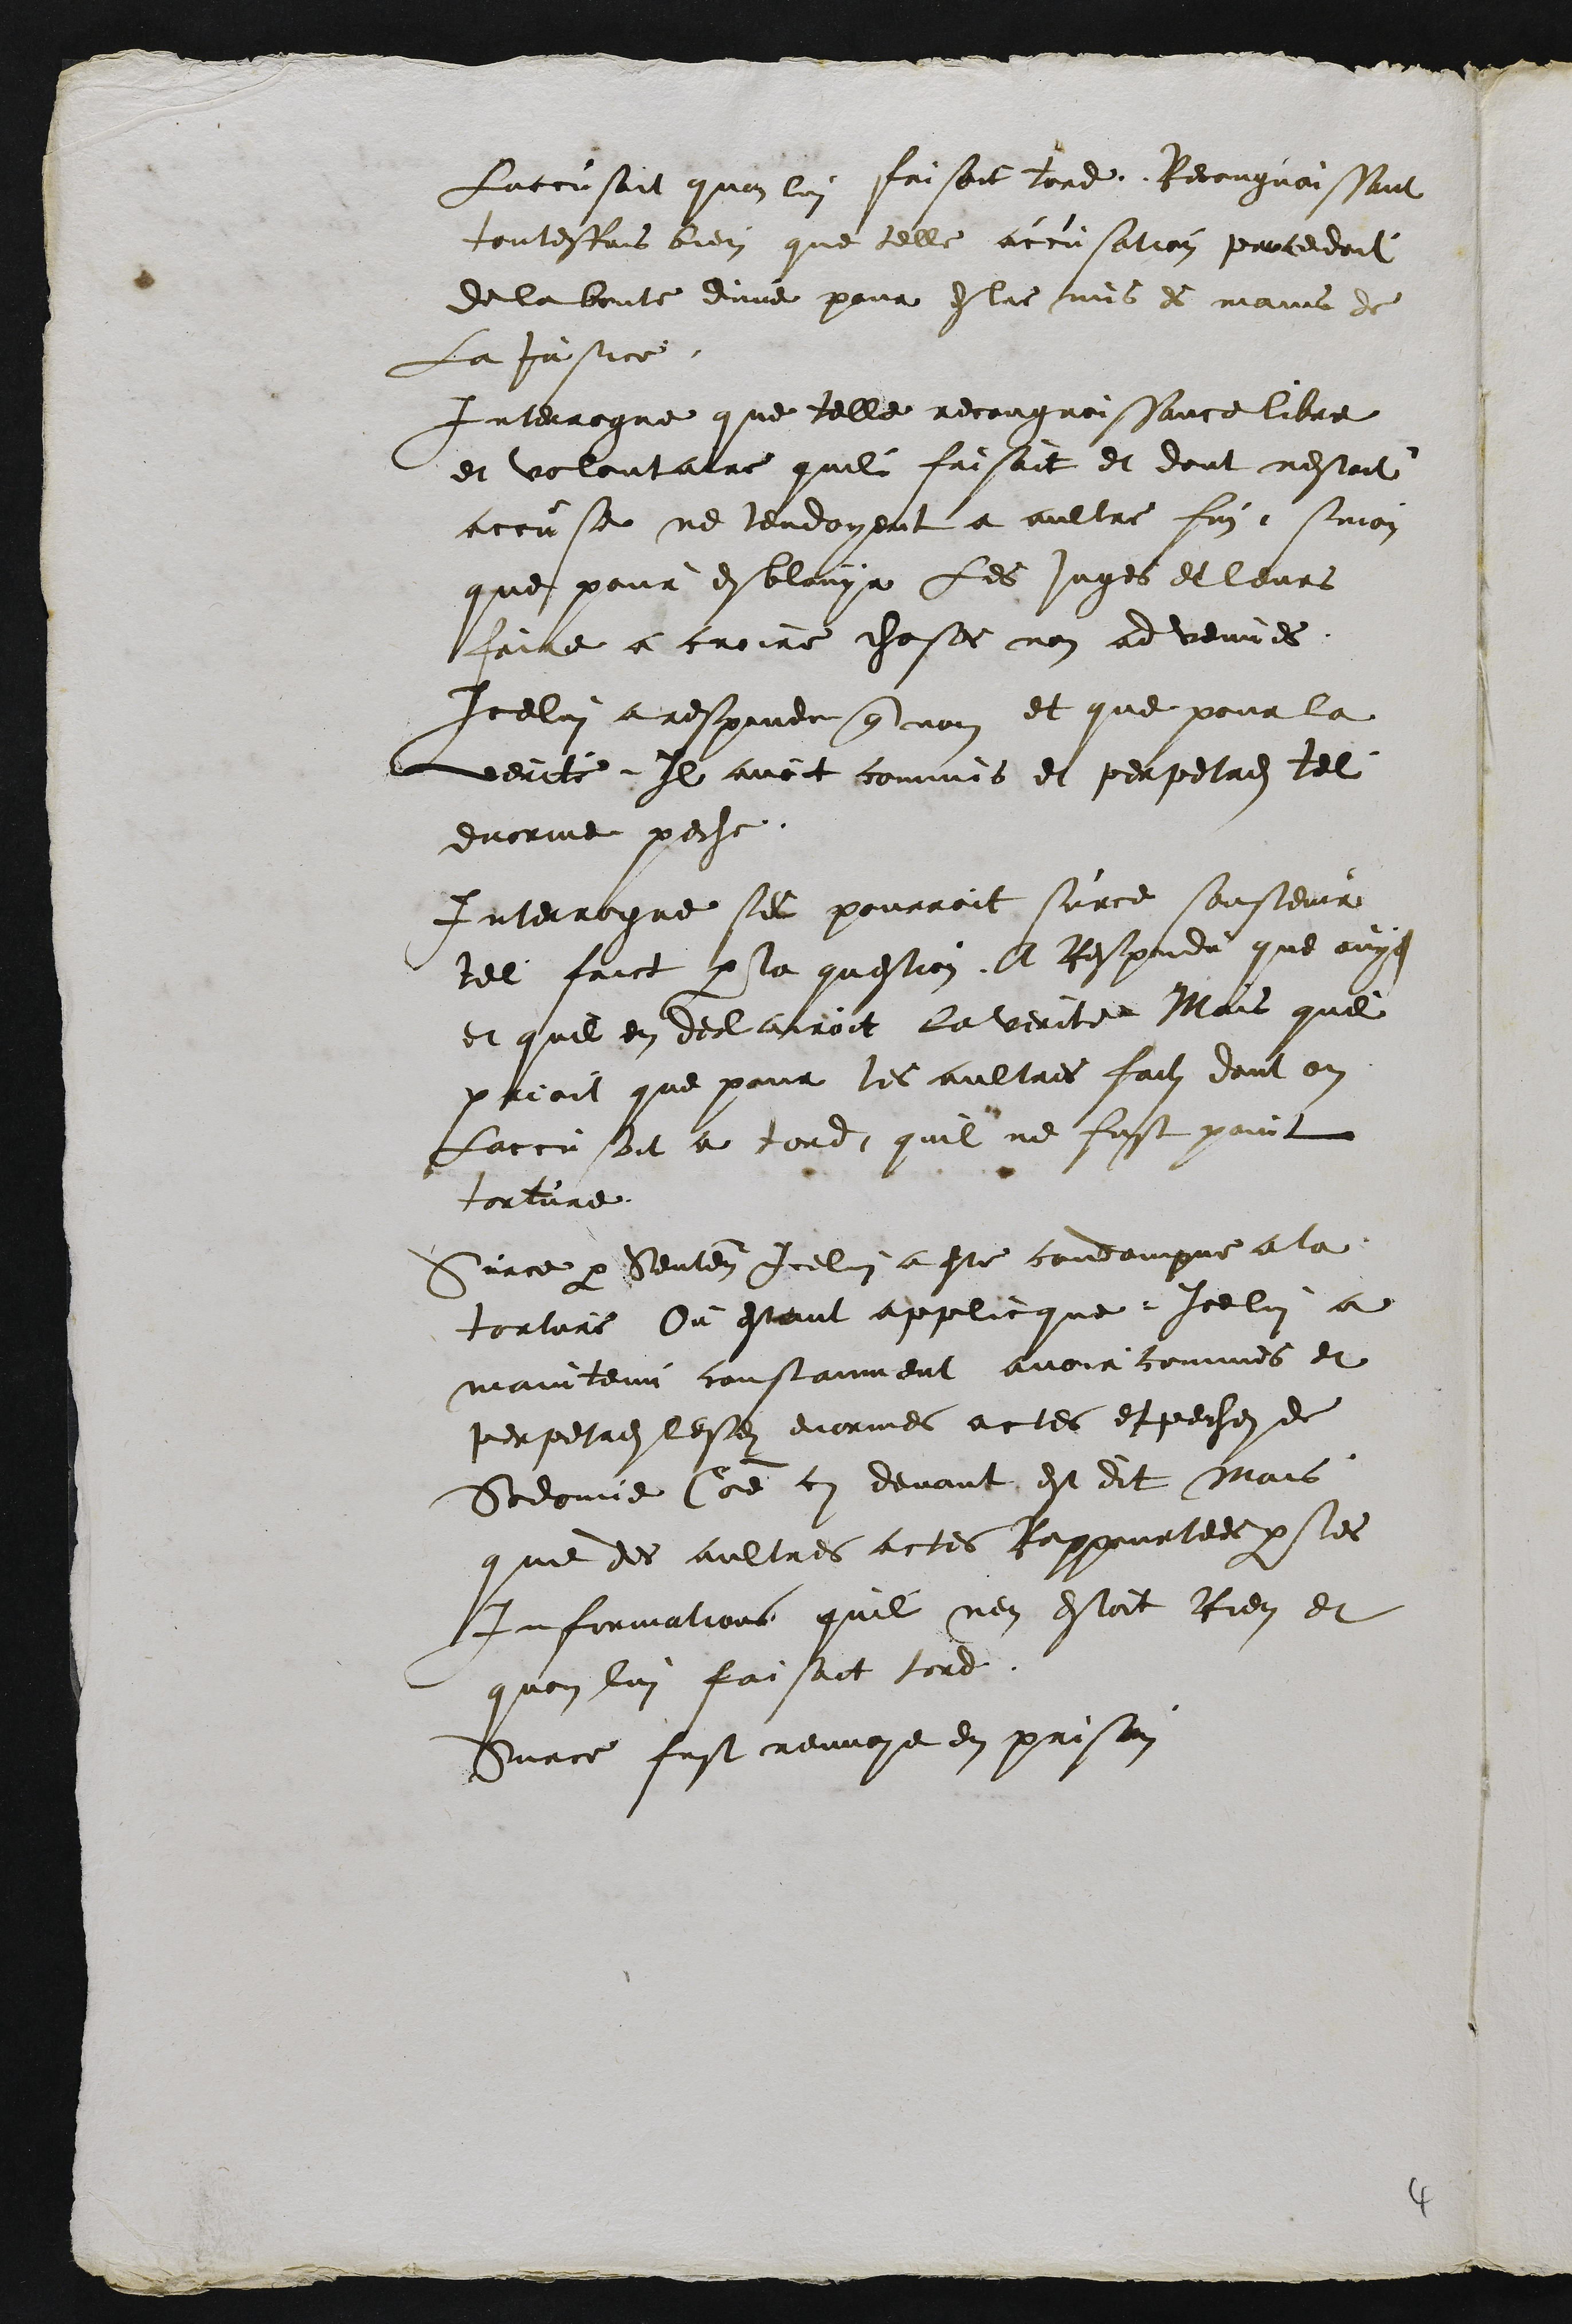
Laccusoit quon lui faisoit tord Recongnoissant
toutesfois bien que telle accusation procedoit
de la bonte divine pour estre mis es mains de
la justice.
Interrogue que telle recongnoissance libre
et volontaire quil faisoit et dont nestoit
accuse ne tendoyent a aultre fin sinon
que pour esblouyr les juges et leurs
faire a croire choses non advenues
Icelui a respondu que non et que pour la
verite Il avoit commis et perpetres tel
enorme peche.
Interrogue sil pourroit surce soustenir
tel faict par la question a Respondu que ouy
et quil en declairoit la verite Mais quil
prioit que pour les aultres faitz dont on
laccusoit a tord, quil ne fust point
torture.
Surce par sentence Icelui a este condempne a la
torture Ou estant applicque, Icelui a
maintenu constanment avoir commis et
perpetres lesdits enormes actes et peches de
Sodomie Comme cy devant est dit mais
que des aultres actes Rappourtees par les
Informations quil nen estoit Rien et
quon lui faisoit tord.
Surce fust renvoye en prison